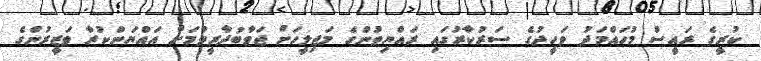
ކުރީގެ ރައީސް މުހައްމަދު ވަހީދުގެ ސަރުކާރުގައި ރައްޔިތުންގެ މަޖިލީހަށް ޖަވާބުދާރީވުމަށް އައްޔަންކުރާ ވަޒީރުންގެ